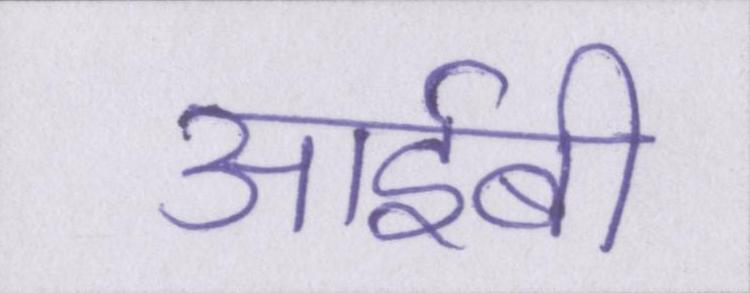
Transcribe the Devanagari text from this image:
आईबी